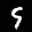
Label: 9